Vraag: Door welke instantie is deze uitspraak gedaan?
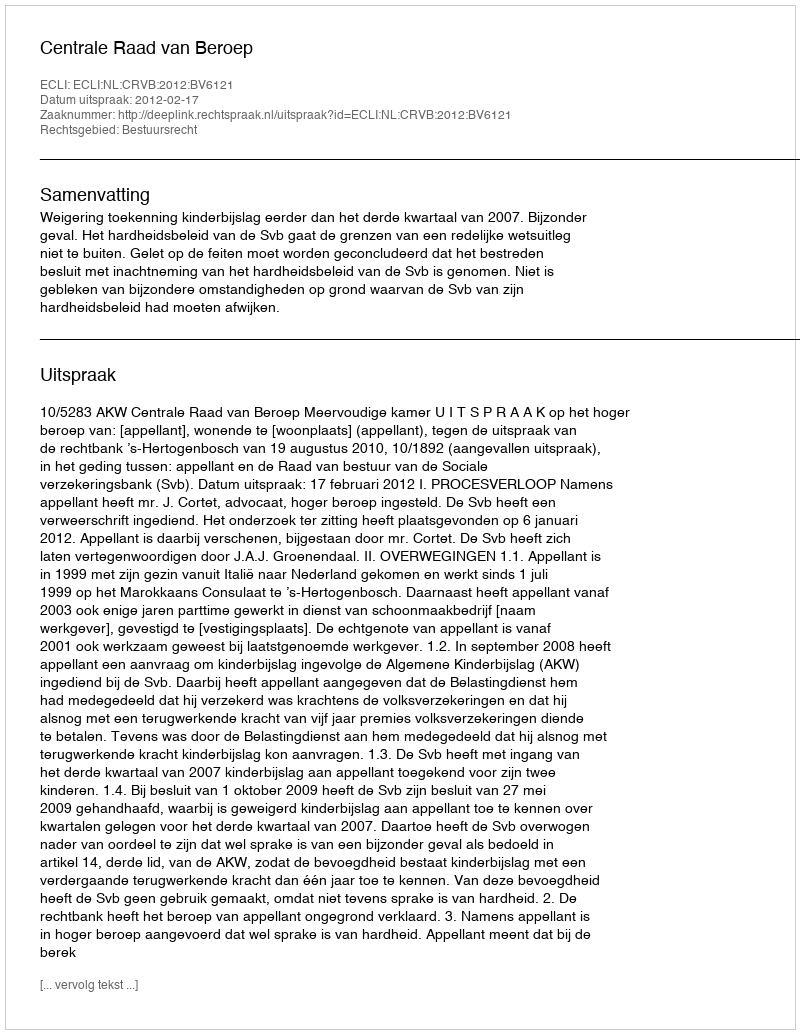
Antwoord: Centrale Raad van Beroep